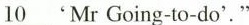
\underline{10}'Mr Going-to-do'."